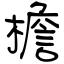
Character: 檐